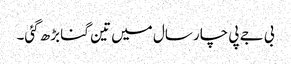
بی جے پی چار سال میں تین گنا بڑھ گئی۔